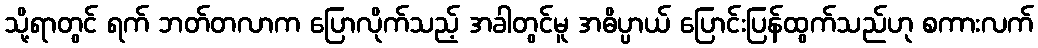
သို့ရာတွင် ရက် ဘတ်တလာက ပြောလိုက်သည့် အခါတွင်မူ အဓိပ္ပာယ် ပြောင်းပြန်ထွက်သည်ဟု စကားလက်